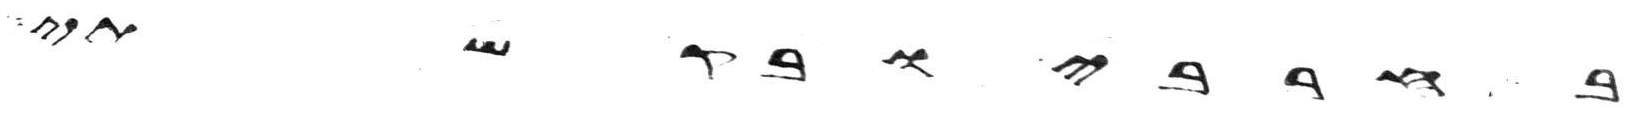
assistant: בחרבי ובקשתי